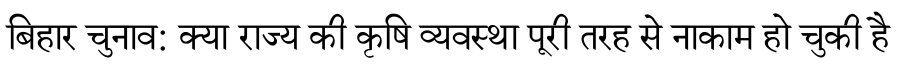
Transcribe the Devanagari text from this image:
बिहार चुनाव: क्या राज्य की कृषि व्यवस्था पूरी तरह से नाकाम हो चुकी है